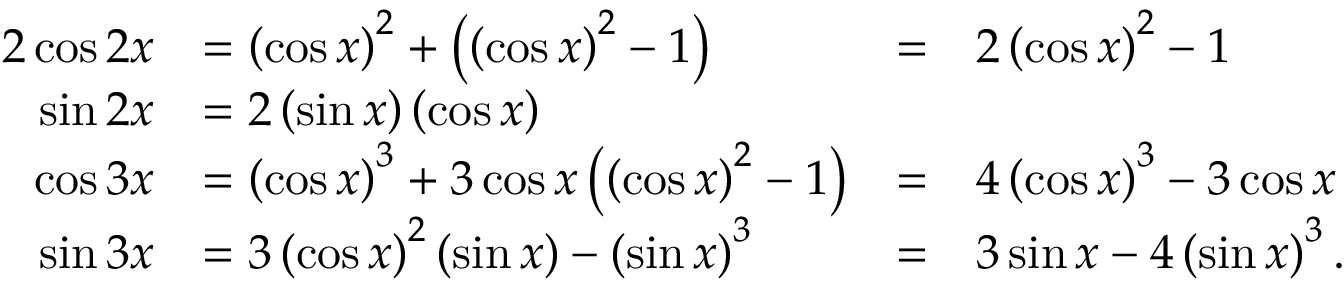
{ \begin{array} { r l r l } { { 2 } \cos 2 x } & { = \left( \cos x \right) ^ { 2 } + \left( \left( \cos x \right) ^ { 2 } - 1 \right) } & { = } & { 2 \left( \cos x \right) ^ { 2 } - 1 } \\ { \sin 2 x } & { = 2 \left( \sin x \right) \left( \cos x \right) } & & { } \\ { \cos 3 x } & { = \left( \cos x \right) ^ { 3 } + 3 \cos x \left( \left( \cos x \right) ^ { 2 } - 1 \right) } & { = } & { 4 \left( \cos x \right) ^ { 3 } - 3 \cos x } \\ { \sin 3 x } & { = 3 \left( \cos x \right) ^ { 2 } \left( \sin x \right) - \left( \sin x \right) ^ { 3 } } & { = } & { 3 \sin x - 4 \left( \sin x \right) ^ { 3 } . } \end{array} }